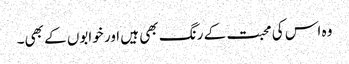
وہ اس کی محبت کے رنگ بھی ہیں اور خوابوں کے بھی۔